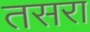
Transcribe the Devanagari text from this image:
तसरा